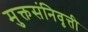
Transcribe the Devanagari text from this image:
मुक्तसंनिवृत्ती